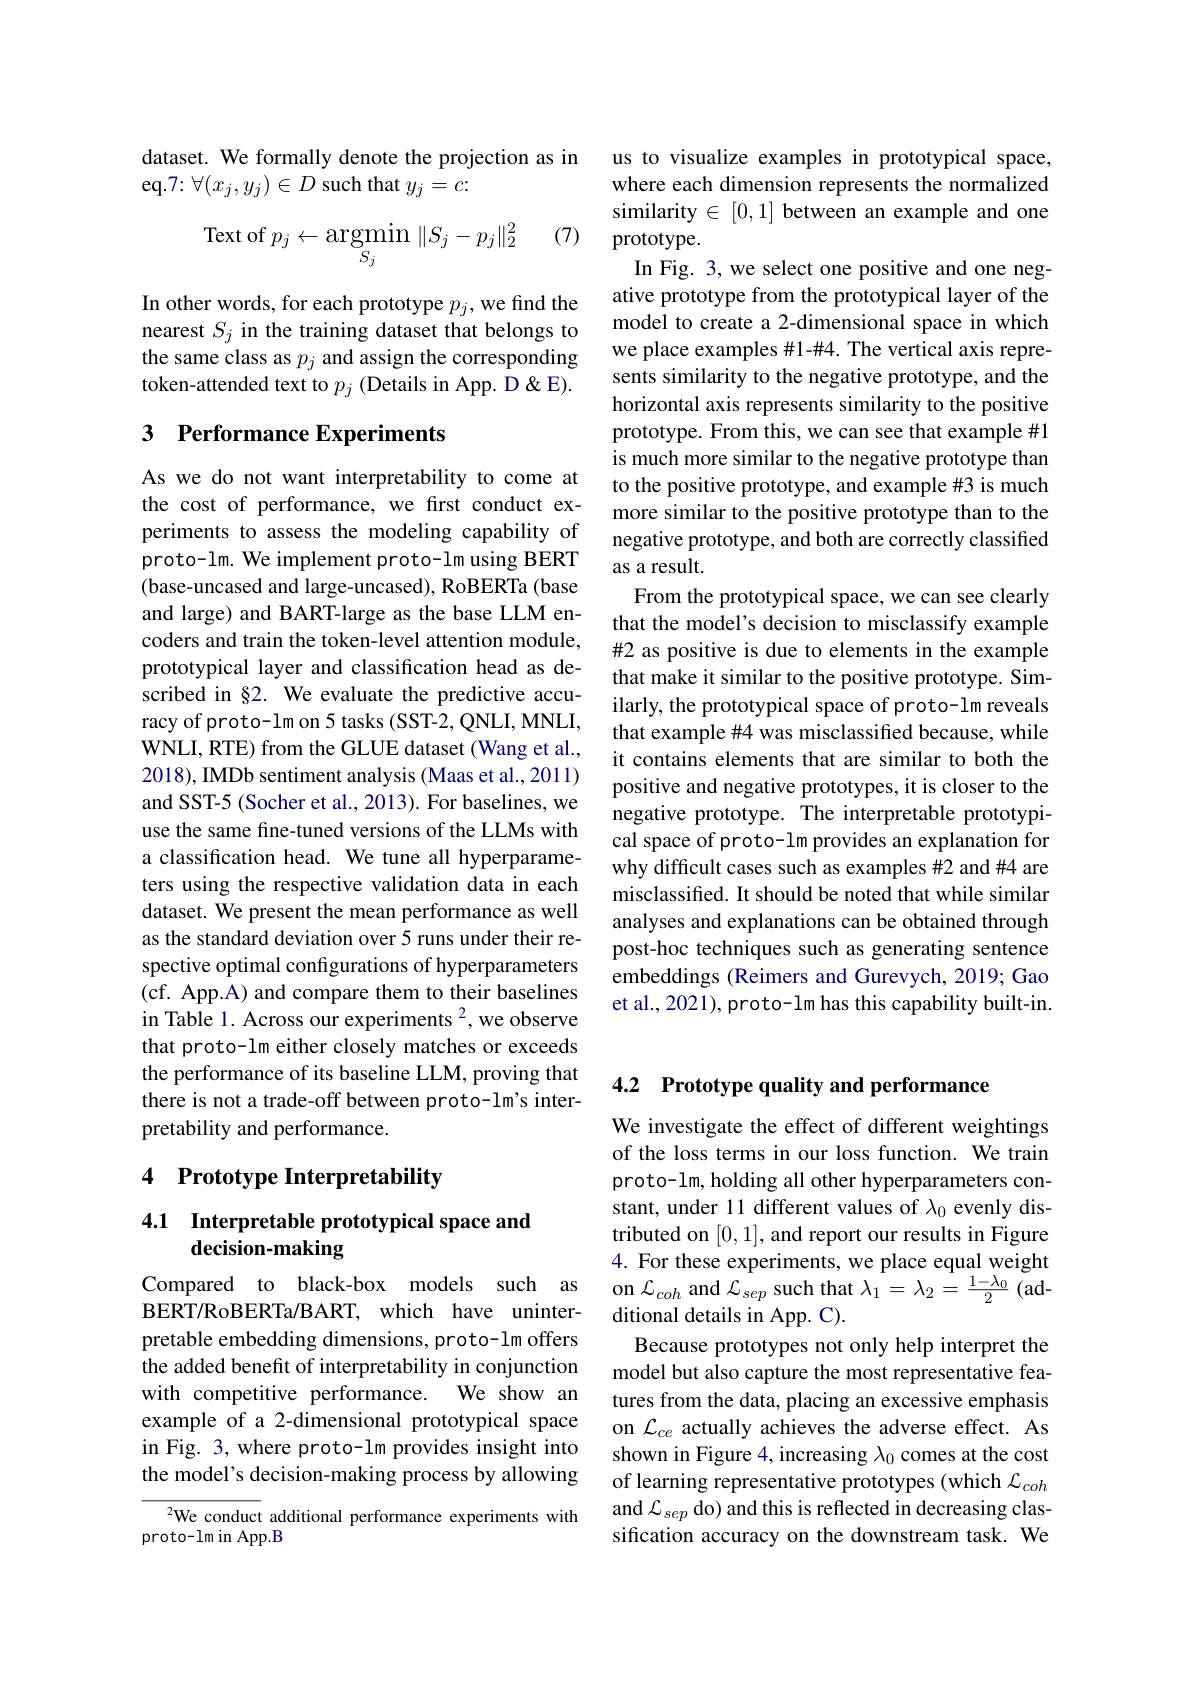
dataset. We formally denote the projection as in
eq.7: $\forall(x_{j},y_{j})\in D$ such that $y_{j}=c.$

(7)
$$\text{Text of }p_j\leftarrow\underset{S_j}{\operatorname*{argmin}}\|S_j-p_j\|_2^2$$
In other words, for each prototype $p_j$, we find the nearest $S_j$ in the training dataset that belongs to the same class as $p_j$ and assign the corresponding token-attended text to $p_j$ (Details in App. D &E).

## 3 Performance Experiments

As we do not want interpretability to come at the cost of performance, we first conduct experiments to assess the modeling capability of proto-lm. We implement proto-lm using BERT (base-uncased and large-uncased), RoBERTa (base and large) and BART-large as the base LLM encoders and train the token-level attention module, prototypical layer and classification head as described in §2. We evaluate the predictive accuracy of proto-lm on 5 tasks (SST-2, QNLI, MNLI, WNLI, RTE) from the GLUE dataset (Wang et al., 2018), IMDb sentiment analysis (Maas et al., 2011) and SST-5 (Socher et al., 2013). For baselines, we use the same fine-tuned versions of the LLMs with a classification head. We tune all hyperparameters using the respective validation data in each dataset. We present the mean performance as well as the standard deviation over 5 runs under their respective optimal configurations of hyperparameters (cf. App.A) and compare them to their baselines in Table 1. Across our experiments $^2$, we observe that proto-lm either closely matches or exceeds the performance of its baseline LLM, proving that there is not a trade-off between proto-lm's interpretability and performance.

## 4 Prototype Interpretability

## 4.1 Interpretable prototypical space and decision-making

Compared to black-box models such as BERT/RoBERTa/BART, which have uninterpretable embedding dimensions, proto-lm offers the added benefit of interpretability in conjunction with competitive performance. We show an example of a 2-dimensional prototypical space in Fig. 3, where proto-lm provides insight into the model's decision-making process by allowing

$^{2}$We conduct additional performance experiments with
proto-lm in App.B

us to visualize examples in prototypical space, where each dimension represents the normalized similarity $\in[0,1]$ between an example and one prototype.
In Fig. 3, we select one positive and one negative prototype from the prototypical layer of the model to create a 2-dimensional space in which we place examples #1-#4. The vertical axis represents similarity to the negative prototype, and the horizontal axis represents similarity to the positive prototype. From this, we can see that example #1 is much more similar to the negative prototype than to the positive prototype, and example #3 is much more similar to the positive prototype than to the negative prototype, and both are correctly classified as a result
From the prototypical space, we can see clearly that the model's decision to misclassify example #2 as positive is due to elements in the example that make it similar to the positive prototype. Similarly, the prototypical space of proto-lm reveals that example#4 was misclassified because, while it contains elements that are similar to both the positive and negative prototypes, it is closer to the negative prototype. The interpretable prototypical space of proto-lm provides an explanation for why difficult cases such as examples #2 and #4 are misclassified. It should be noted that while similar analyses and explanations can be obtained through post-hoc techniques such as generating sentence embeddings (Reimers and Gurevych, 2019; Gao et al., 2021), proto- lm has this capability built-in.

# 4.2 Prototype quality and performance

We investigate the effect of different weightings of the loss terms in our loss function. We train proto-lm, holding all other hyperparameters constant, under 11 different values of $\lambda_0$ evenly distributed on [0,1], and report our results in Figure 4. For these experiments, we place equal weight on $\mathcal{L}_{coh}$ and $\mathcal{L}_sep$ such that $\lambda_1=\lambda_2=\frac{1-\lambda_0}2$ (additional details in App. C).
Because prototypes not only help interpret the model but also capture the most representative features from the data, placing an excessive emphasis on $\mathcal{L}_{ce}$ actually achieves the adverse effect. As shown in Figure 4, increasing $\lambda_0$ comes at the cost of learning representative prototypes (which $\mathcal{L}_coh$ and $\mathcal{L}_sep$ do) and this is reflected in decreasing classification accuracy on the downstream task. We